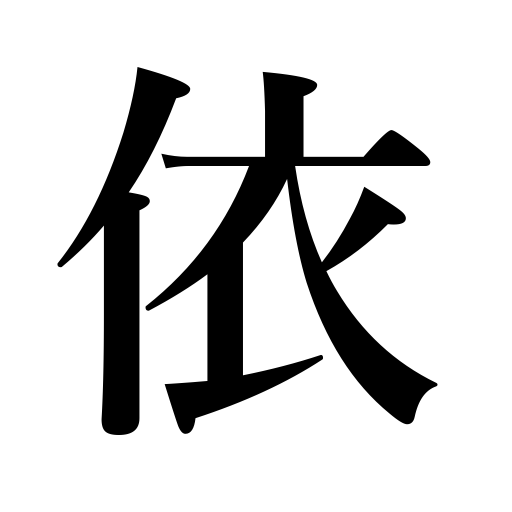
Meanings: depend on